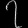
Digit: ၇